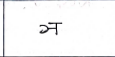
मजकूर: ञ